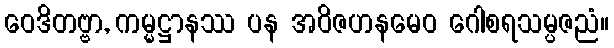
ဝေဒိတဗ္ဗာ, ကမ္မဋ္ဌာနဿ ပန အဝိဇဟနမေဝ ဂေါစရသမ္ပဇညံ။